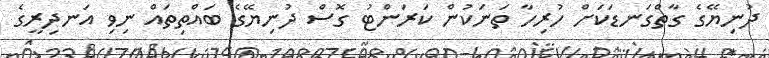
ދުނިޔޭގެ ގާތްގަނޑަކަށް ހުރިހާ ތަނަކުން ކަރަންޓު ގޮސް ދުނިޔޭގެ ބައްތިތައް ނިވި އަނދިރީގެ